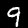
Digit: 9